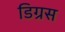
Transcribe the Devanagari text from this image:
डिग्रस